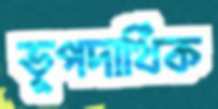
ভূপদার্থিক